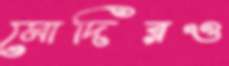
মোদিরও